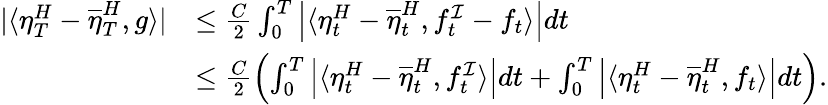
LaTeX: \begin{array}{rl}{|\langle\eta_{T}^{H}-\overline{{\eta}}_{T}^{H},g\rangle|}&{\leq\frac{C}{2}\int_{0}^{T}\left|\langle\eta_{t}^{H}-\overline{{\eta}}_{t}^{H},f_{t}^{\mathcal{I}}-f_{t}\rangle\right|dt}\\ &{\leq\frac{C}{2}\left(\int_{0}^{T}\left|\langle\eta_{t}^{H}-\overline{{\eta}}_{t}^{H},f_{t}^{\mathcal{I}}\rangle\right|dt+\int_{0}^{T}\left|\langle\eta_{t}^{H}-\overline{{\eta}}_{t}^{H},f_{t}\rangle\right|dt\right).}\end{array}